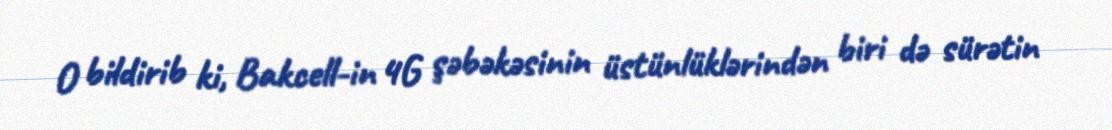
O bildirib ki, Bakcell-in 4G şəbəkəsinin üstünlüklərindən biri də sürətin